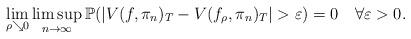
LaTeX: \begin{align*}\lim_{\rho \searrow 0} \limsup_{n \rightarrow \infty} \mathbb{P}(|V(f,\pi_n)_T-V(f_\rho,\pi_n)_T|> \varepsilon)=0~~~ \forall \varepsilon>0.\end{align*}